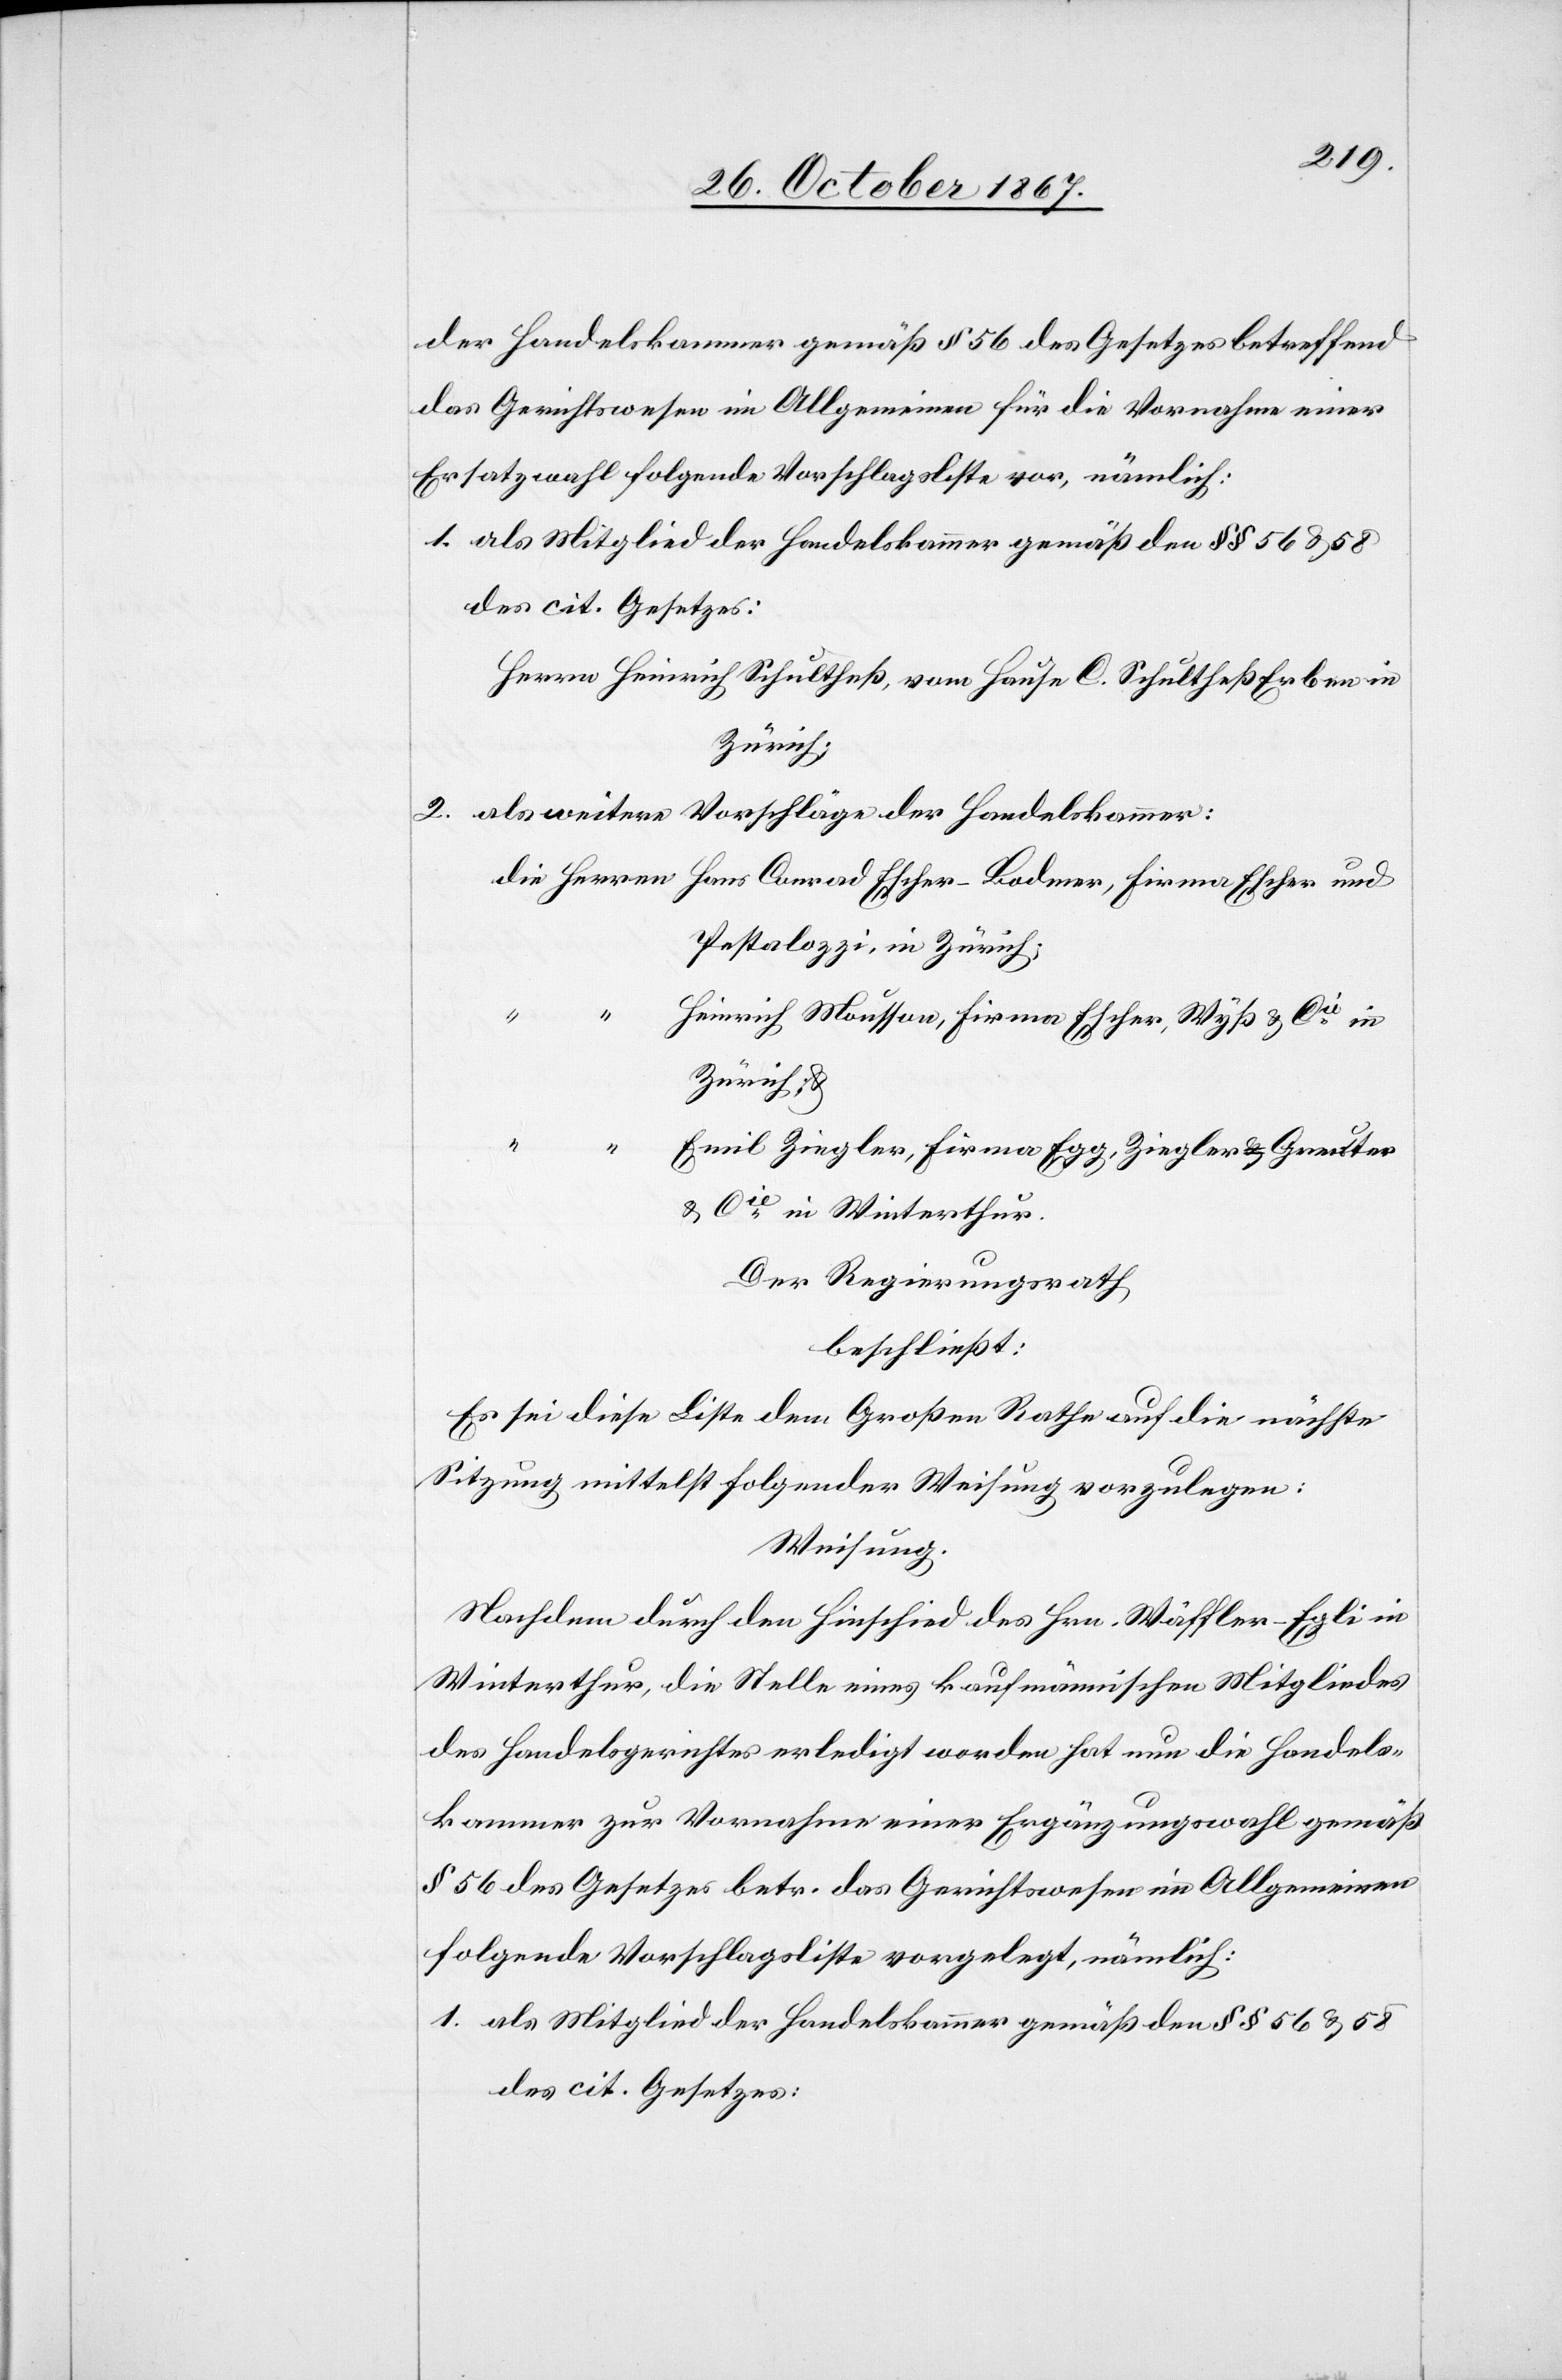
der Handelskammer gemäß § 56 des Gesetzes betreffend
das Gerichtswesen im Allgemeinen für die Vornahme einer
Ersatzwahl folgende Vorschlagsliste vor, nämlich:
als Mitglied der Handelskammer gemäß den § § 56 u. 58
des cit. Gesetzes:
Herrn Heinrich Schultheß, vom Hause C. Schultheß Erben in
Zürich;
als weitere Vorschläge der Handelskammer:
Pestalozzi, in Zürich;
Heinrich Mousson, Firma Escher, Wyß u. Cie in
Zürich u.
Emil Ziegler, Firma Egg, Ziegler-Greuter
u. Cie in Winterthur.
Der Regierungsrath,
beschließt:
Es sei diese Liste dem Großen Rathe auf die nächste
Sitzung mittelst folgender Weisung vorzulegen:
Weisung.
Nachdem durch den Hinschied des Hrn. Wäffler-Egli in
Winterthur, die Stelle eines kaufmännischen Mitgliedes
des Handelsgerichtes erledigt worden hat nun die Handels¬
kammer zur Vornahme einer Ergänzungswahl gemäß
§ 56 des Gesetzes betr. das Gerichtswesen im Allgemeinen
folgende Vorschlagsliste vorgelegt, nämlich:
als Mitglied der Handelskammer gemäß den §§ 56 u. 58
des cit. Gesetzes: